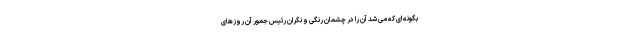
بگونه ای که می شد آن را در چشمان رنگی و نگران رئیس جمور آن روزهای